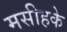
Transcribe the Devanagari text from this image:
मसीहके